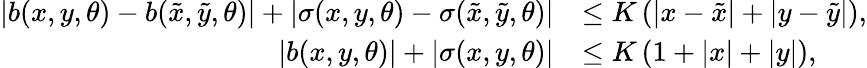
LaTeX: \begin{array}{rl}{|b(x,y,\theta)-b(\tilde{x},\tilde{y},\theta)|+|\sigma(x,y,\theta)-\sigma(\tilde{x},\tilde{y},\theta)|}&{\leq K\left(|x-\tilde{x}|+|y-\tilde{y}|\right),}\\ {|b(x,y,\theta)|+|\sigma(x,y,\theta)|}&{\leq K\left(1+|x|+|y|\right),}\end{array}